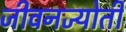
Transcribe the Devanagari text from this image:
जीवनज्योती